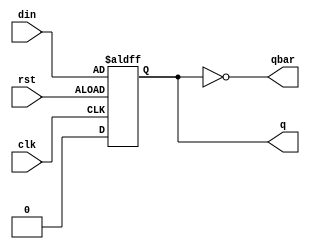
module dff (input clk,rst,din,output reg q,output qbar);
always @(posedge clk or posedge rst)begin
if(!rst)
q<=0;
else
q<=din;
end
assign qbar=~q;
endmodule
module johncnt(input clk,rst,output [3:0] cnt);
wire q0,q0bar,q1,q1bar,q2,q2bar,q3,q3bar;
wire d1,d2,d3;
dff f1(clk,rst,q3bar,q0,q0bar);
dff f2(clk,rst,q0,q1,q1bar);
dff f3(clk,rst,q1,q2,q2bar);
dff f4(clk,rst,q2,q3,q3bar);
assign cnt={q0,q1,q2,q3};
endmodule


module tb;
reg clk,rst;
wire [3:0]cnt;
johncnt dut(clk,rst,cnt);
always #5 clk = ~clk;
initial begin
clk=0;rst=0;
#10 rst=1;
#150 $finish();
end
initial
$monitor($time,"clk=%b,rst=%b,cnt=%b",clk,rst,cnt);
endmodule